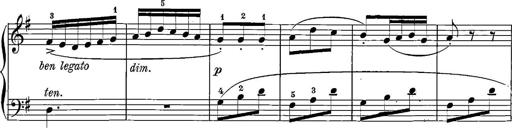
Title: 12 Sonatinas
Composer: Ignaz Pleyel